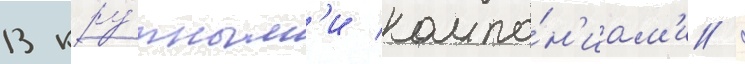
13 кру́пным'и компа́н'иам'и /